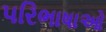
પરિભાષાઓ